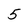
Character: 5